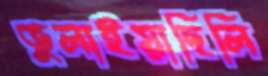
ভুলাইয়াছিলি